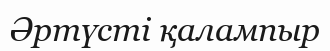
Әртүсті қалампыр